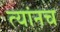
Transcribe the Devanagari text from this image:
त्यांनच